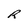
Character: R